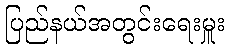
ပြည်နယ်အတွင်းရေးမှူး